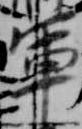
軍